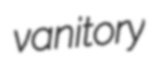
vanitory